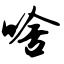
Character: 啥